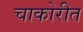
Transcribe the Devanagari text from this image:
चाकोरीत